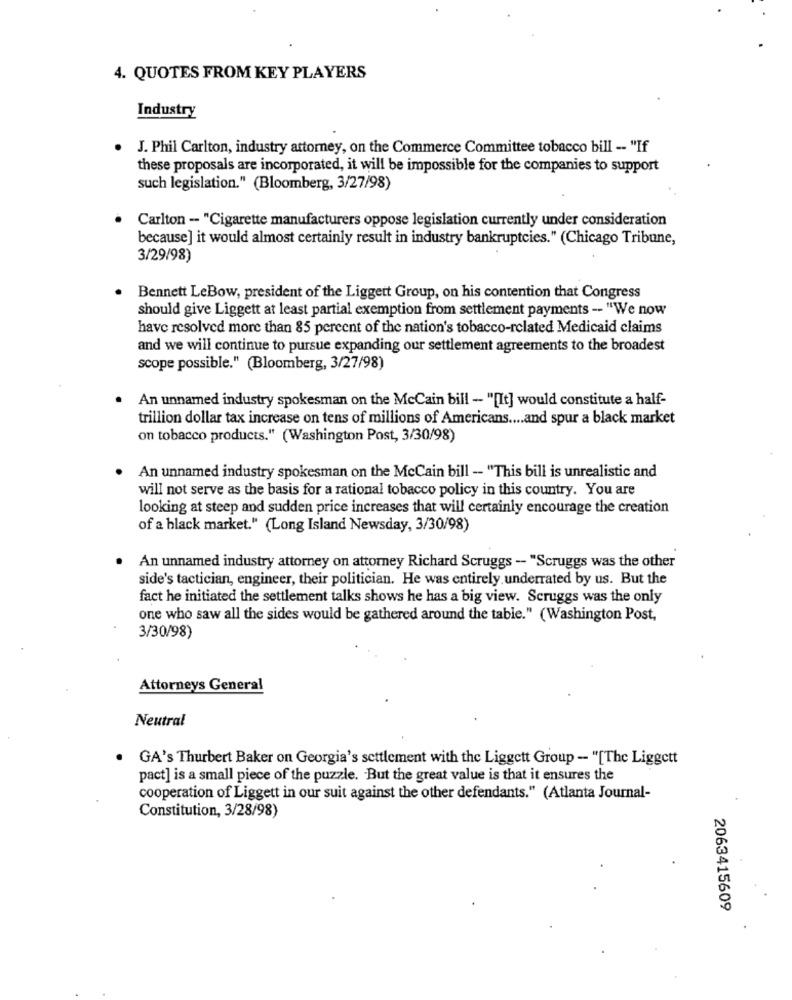
4. QUOTES FROM KEY PLAYERS
Industry
J. Phil Carlton, industry attorney, on the Commerce Committee tobacco bill -- "If
these proposals are incorporated, it will be impossible for the companies to support
such legislation." (Bloomberg, 3/27/98)
Carlton - "Cigarette manufacturers oppose legislation currently under consideration
because] it would almost certainly result in industry bankruptcies." (Chicago Tribune,
3/29/98)
Bennett LeBow, president of the Liggett Group, on his contention that Congress
should give Liggett at least partial exemption from settlement payments -- "We now
have resolved more than 85 percent of the nation's tobacco-related Medicaid claims
and we will continue to pursue expanding our settlement agreements to the broadest
scope possible." (Bloomberg, 3/27/98)
An unnamed industry spokesman on the McCain bill - "[It] would constitute a half-
trillion dollar tax increase on tens of millions of Americans .... and spur a black market
on tobacco products." (Washington Post, 3/30/98)
An unnamed industry spokesman on the McCain bill - "This bill is unrealistic and
will not serve as the basis for a rational tobacco policy in this country. You are
looking at steep and sudden price increases that will certainly encourage the creation
of a black market." (Long Island Newsday, 3/30/98)
An unnamed industry attorney on attorney Richard Scruggs - "Scruggs was the other
side's tactician, engineer, their politician. He was entirely underrated by us. But the
fact he initiated the settlement talks shows he has a big view. Scruggs was the only
one who saw all the sides would be gathered around the table." (Washington Post,
3/30/98)
Attorneys General
Neutral
GA's Thurbert Baker on Georgia's settlement with the Liggett Group - "[The Liggett
pact] is a small piece of the puzzle. But the great value is that it ensures the
cooperation of Liggett in our suit against the other defendants." (Atlanta Journal-
Constitution, 3/28/98)
2063415609